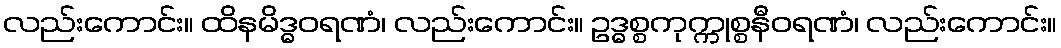
လည်းကောင်း။ ထိနမိဒ္ဓဝရဏံ၊ လည်းကောင်း။ ဥဒ္ဓစ္စကုက္ကုစ္စနီဝရဏံ၊ လည်းကောင်း။